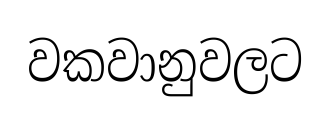
වකවානුවලට